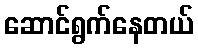
ဆောင်ရွက်နေတယ်